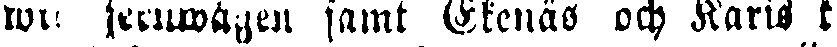
wia jernwägen samt Ekenäs och Karis k